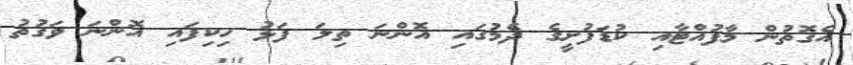
އެގޮތުން މާފުއްޓާއި ކުޑަފުށީގެ ދެމުގައި އޮންނަ ތިލަ ފަޅު ހިކިފައި އޮންނަ ވަގުތު